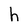
Character: h